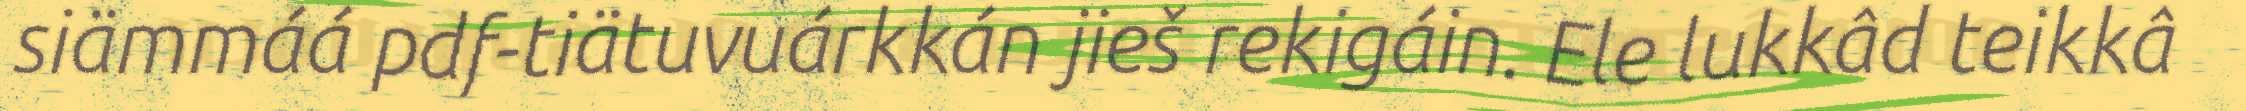
siämmáá pdf-tiätuvuárkkán jieš rekigáin. Ele lukkâd teikkâ